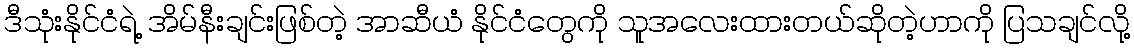
ဒီသုံးနိုင်ငံရဲ့ အိမ်နီးချင်းဖြစ်တဲ့ အာဆီယံ နိုင်ငံတွေကို သူအလေးထားတယ်ဆိုတဲ့ဟာကို ပြသချင်လို့